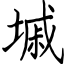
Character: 墄